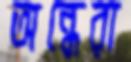
অন্ধেরা